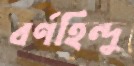
বর্ণহিন্দু